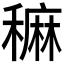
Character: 𥢂